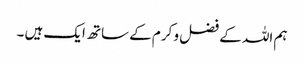
ہم اللہ کے فضل و کرم کے ساتھ ایک ہیں ۔